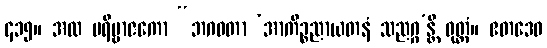
၄၁၅။ အထ ပရိဗ္ဗာဇကော “ဘဂဝတာ ‘အာကိဉ္စညာယတနံ သညဂ္ဂ’န္တိ ဝုတ္တံ။ ဧတဒေဝ